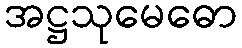
အဋ္ဌသုမေဓော